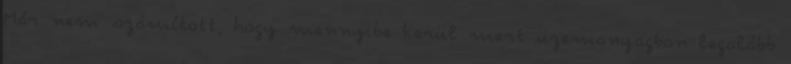
Már nem számított, hogy mennyibe kerül mert üzemanyagban legalább